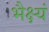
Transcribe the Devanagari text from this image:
भैक्ष्यं